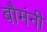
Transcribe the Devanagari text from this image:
बौमंनी